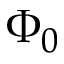
\Phi _ { 0 }